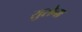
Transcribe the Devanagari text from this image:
सुसेना